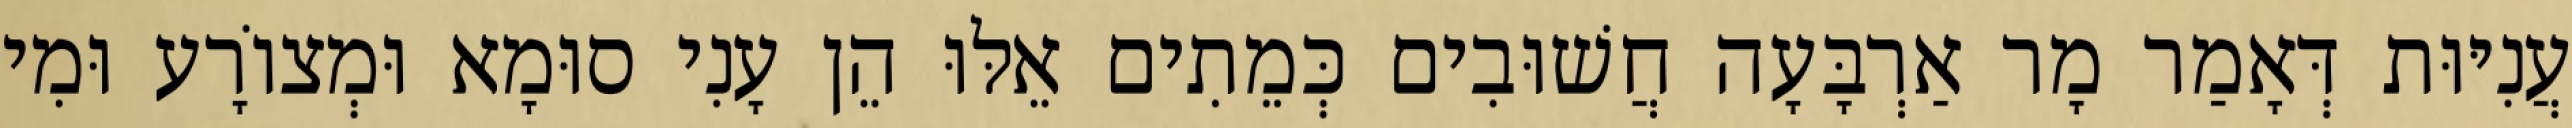
עֲנִיּוּת דְּאָמַר מָר אַרְבָּעָה חֲשׁוּבִים כְּמֵתִים אֵלּוּ הֵן עָנִי סוּמָא וּמְצוֹרָע וּמִי